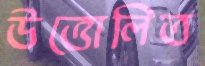
উত্তোলিত